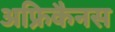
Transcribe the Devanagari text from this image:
अफ्रिकैनस